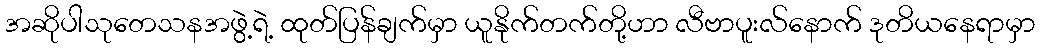
အဆိုပါသုတေသနအဖွဲ့ရဲ့ ထုတ်ပြန်ချက်မှာ ယူနိုက်တက်တို့ဟာ လီဗာပူးလ်နောက် ဒုတိယနေရာမှာ